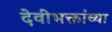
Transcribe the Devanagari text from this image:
देवीभक्तांच्या